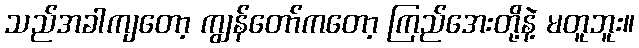
သည်အခါကျတော့ ကျွန်တော်ကတော့ ကြည်အေးတို့နဲ့ မတူဘူး။